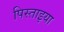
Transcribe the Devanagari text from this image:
पिस्ताइया